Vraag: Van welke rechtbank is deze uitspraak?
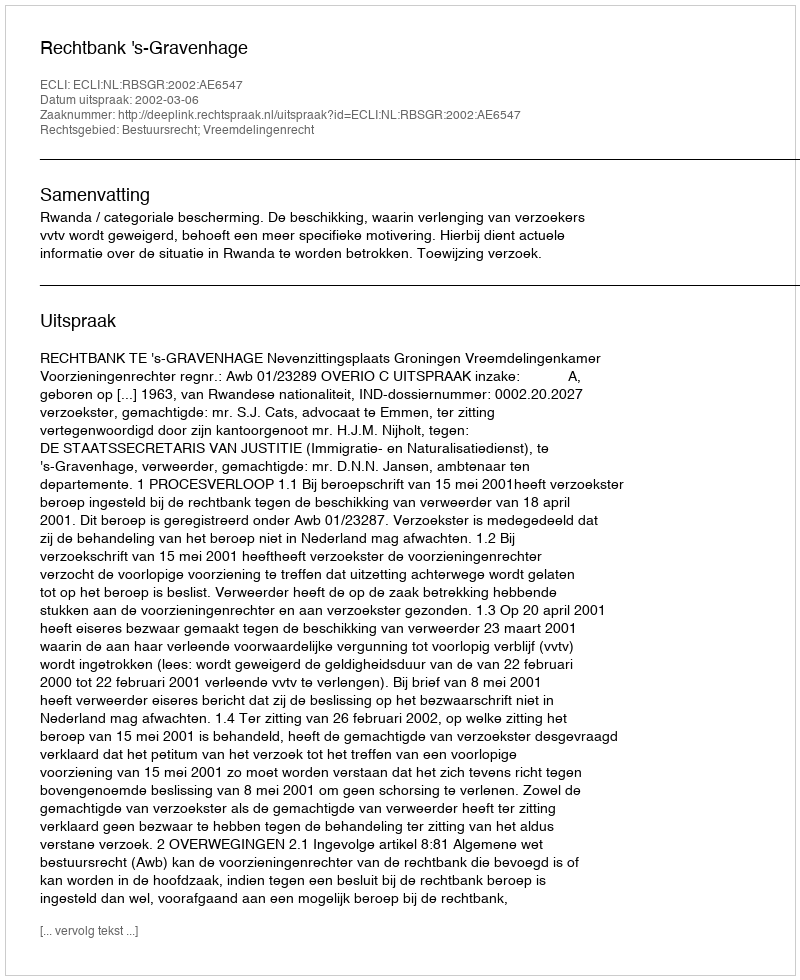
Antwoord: Rechtbank 's-Gravenhage